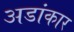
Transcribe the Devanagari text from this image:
अडांकार